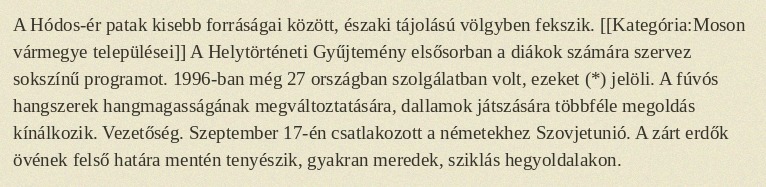
A Hódos-ér patak kisebb forráságai között, északi tájolású völgyben fekszik. [[Kategória:Moson vármegye települései]] A Helytörténeti Gyűjtemény elsősorban a diákok számára szervez sokszínű programot. 1996-ban még 27 országban szolgálatban volt, ezeket (*) jelöli. A fúvós hangszerek hangmagasságának megváltoztatására, dallamok játszására többféle megoldás kínálkozik. Vezetőség. Szeptember 17-én csatlakozott a németekhez Szovjetunió. A zárt erdők övének felső határa mentén tenyészik, gyakran meredek, sziklás hegyoldalakon.